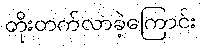
တိုးတက်လာခဲ့ကြောင်း